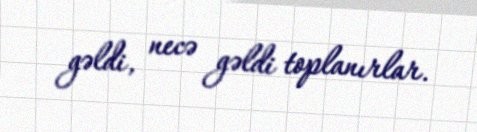
gəldi, necə gəldi toplanırlar.